Annual statistical returns and brief notes on vaccination in Bengal - 1909-1929
Year: 1909
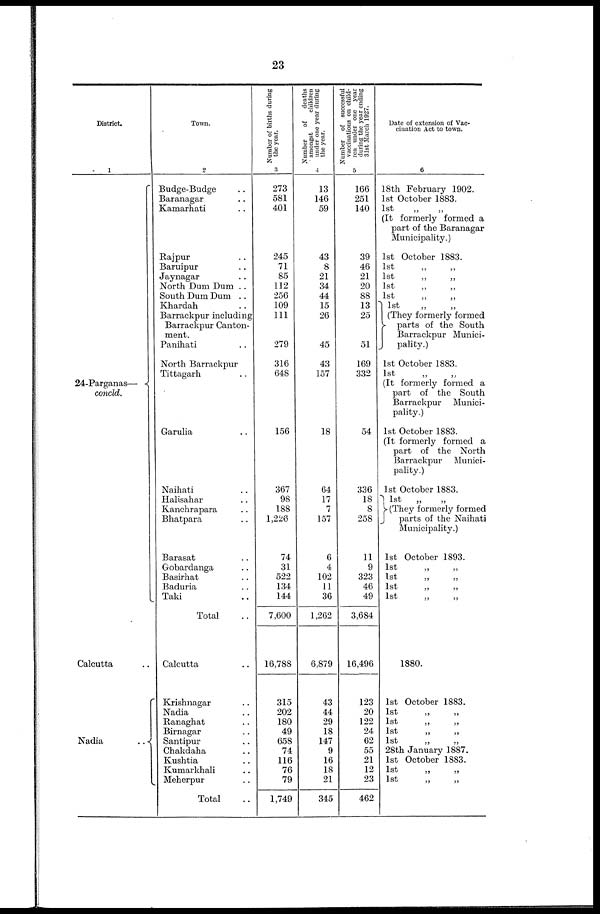
23
District.
1
24-Parganas—
concld.
Calcutta ..
Nadia
..
Town.
2
Budge-Budge ..
Baranagar ..
Kamarhati ..
Rajpur ..
Baruipur ..
Jaynagar ..
North Dum Dum ..
South Dum Dum ..
Khardah ..
Barrackpur including
Barrackpur Canton-
ment.
Panihati ..
North Barrackpur
Tittagarh ..
Garulia ..
Naihati ..
Halisahar ..
Kanchrapara ..
Bhatpara ..
Barasat ..
Gobardanga ..
Basirhat ..
Baduria ..
Taki ..
Total ..
Calcutta ..
Krishnagar ..
Nadia ..
Ranaghat ..
Birnagar ..
Santipur ..
Chakdaha ..
Kushtia ..
Kumarkhali ..
Meherpur ..
Total ..
Number of births during
the year.
3
273
581
401
245
71
85
112
256
109
111
279
316
648
156
367
98
188
1,226
74
31
522
134
144
7,600
16,788
315
202
180
49
658
74
116
76
79
1,749
Number
of
deaths
amongst
children
under one year during
the year.
.1
13
146
59
43
8
21
34
44
15
26
45
43
157
18
64
17
7
157
6
4
102
11
36
1,262
6,879
43
44
29
18
147
9
16
18
21
345
Number of successful
vaccinations on child-
ren under one year
during the year ending
31st March 1927.
5
166
251
140
39
46
21
20
88
13
25
51
169
332
54
336
18
8
258
11
9
323
46
49
3,684
16,496
123
20
122
24
62
55
21
12
23
462
Date of extension of Vac-
cination Act to town.
6
18th February 1902.
1st October 1883.
1st
„
„
(It formerly formed a
part of the Baranagar
Municipality.)
1st October 1883.
1st „ „
1st „ „
1st „ „
1st „ „
1st „ „
(They formerly formed
parts of the South
Barrackpur Munici-
pality.)
1st October 1883.
1st
(It formerly formed a
part of the South
Barrackpur Munici-
pality.)
1st October 1883.
(It formerly formed a
part of the North
Barrackpur Munici-
pality.)
1st October 1883.
1st
„ „
(They formerly formed
parts of the Naihati
Municipality.)
1st October 1893.
1st
„
„
1st
„
„
1st
„
„
1st
„
„
1880.
1st October 1883.
1st
„
„
1st
„
„
1st
„
„
1st
„
„
28th January 1887.
1st October 1883.
1st
„
„
1st
„
„